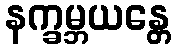
နက္ခမ္ဘယန္တေ